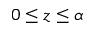
0 \leq z \leq \alpha